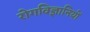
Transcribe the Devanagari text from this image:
रोगविज्ञानियों